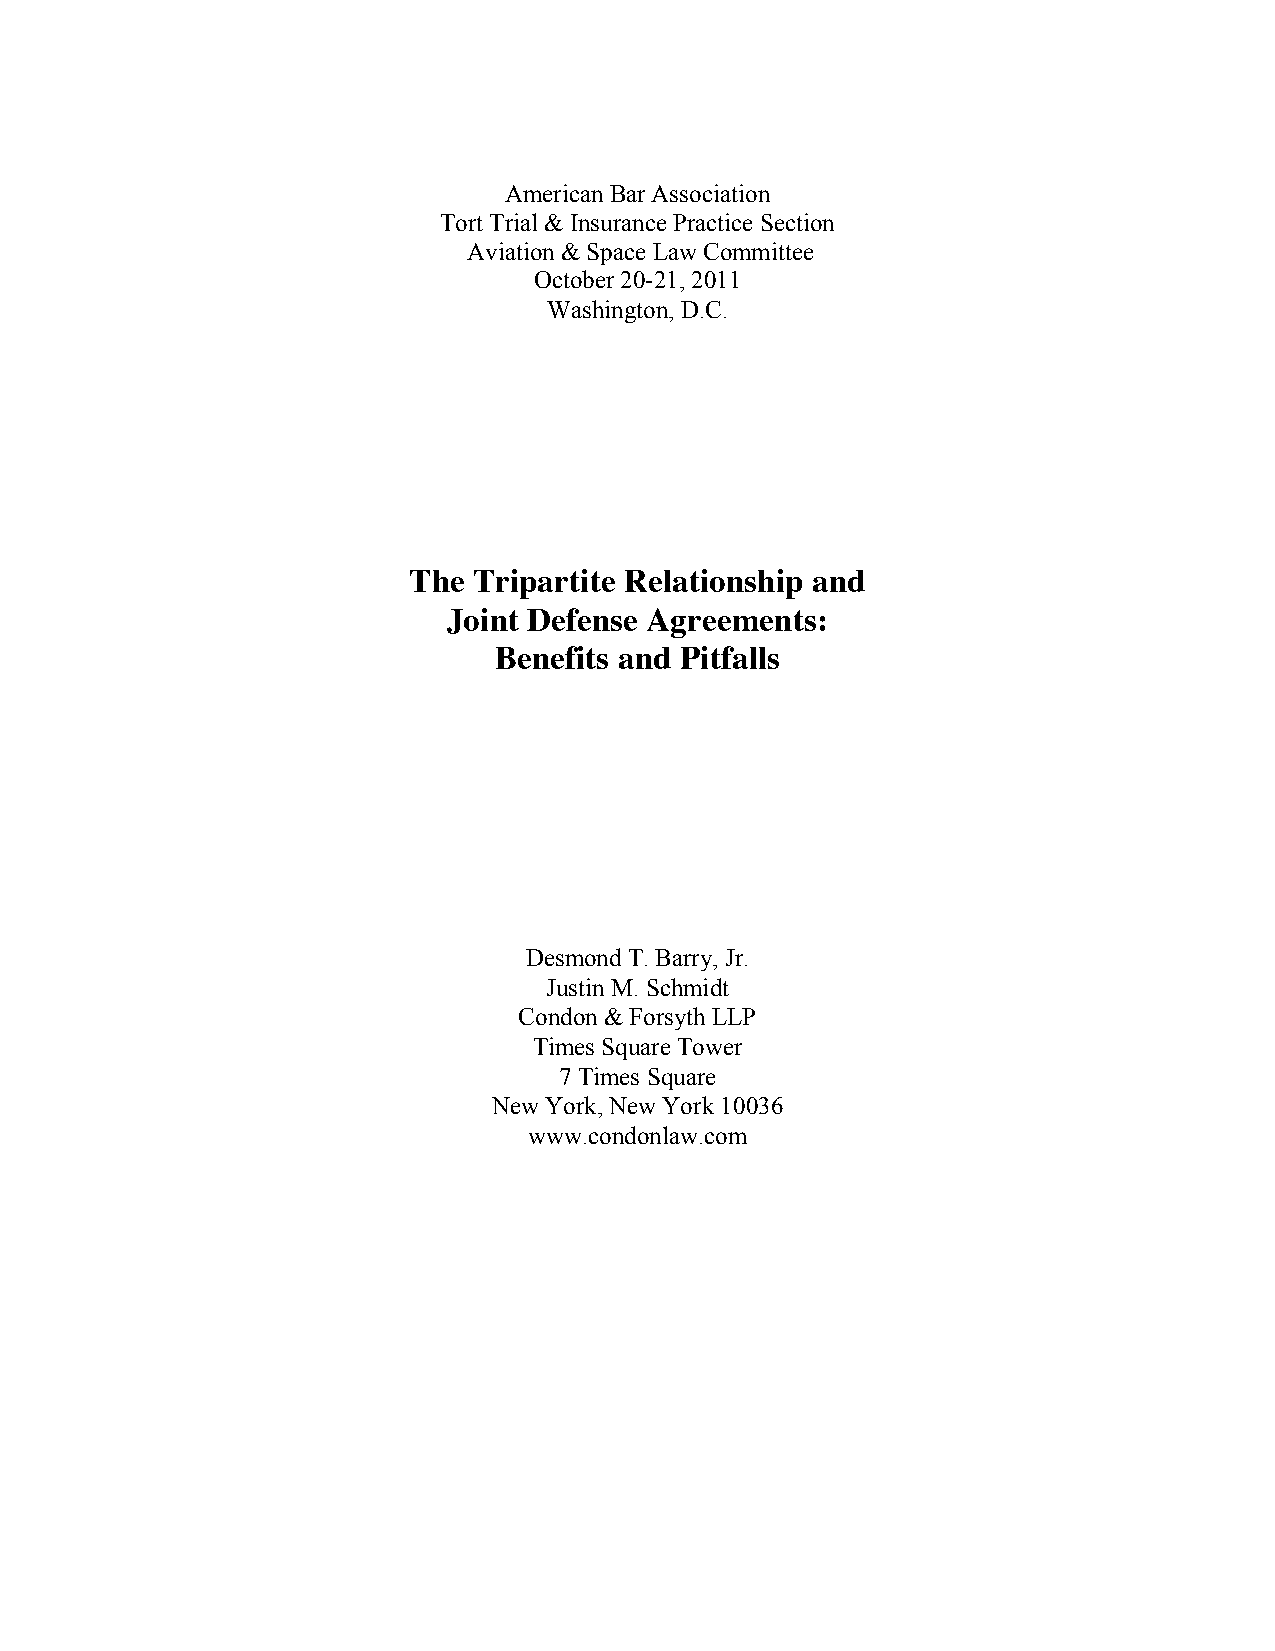
American Bar Association
 Tort Trial & Insurance Practice Section
 Aviation & Space Law Committee
 October 20-21, 2011
 Washington, D.C.
 The Tripartite Relationship and
 Joint Defense Agreements:
 Benefits and Pitfalls
 Desmond T. Barry, Jr.
 Justin M. Schmidt
 Condon & Forsyth LLP
 Times Square Tower
 7 Times Square
 New York, New York 10036
 www.condonlaw.com